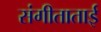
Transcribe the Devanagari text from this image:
संगीताताई